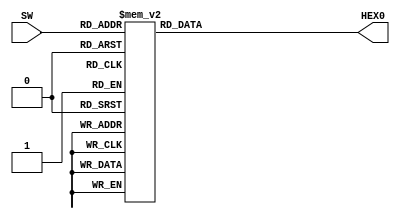
module TopModule(
//	///CLOCK/////
//	input              CLK1,
//	input              CLK2,
//	//// SEG7/////
//	output     [7:0]   HEX0,
//	output     [7:0]   HEX1,
//	output     [7:0]   HEX2,
//	output     [7:0]   HEX3,
//	output     [7:0]   HEX4,
//	output     [7:0]   HEX5,
//	//// PUSH BUTTON //////
//	input      [1:0]   BTN,
//	///// LED////////
//	output     [9:0]   LED,
//	/////// SW///////////
//	input      [9:0]   SW

	input [3:0] SW,
	output reg [6:0] HEX0
   
	);

always @* begin
	case (SW)
		4'h0: HEX0 = 7'b1000000;
		4'h1: HEX0 = 7'b1111001;
		4'h2: HEX0 = 7'b0100100;
		4'h3: HEX0 = 7'b0110000;
		4'h4: HEX0 = 7'b0011001;
		4'h5: HEX0 = 7'b0010010;
		4'h6: HEX0 = 7'b0000010;
		4'h7: HEX0 = 7'b1011000;
		4'h8: HEX0 = 7'b0000000;
		4'h9: HEX0 = 7'b0010000;
		4'ha: HEX0 = 7'b0001000;
		4'hb: HEX0 = 7'b0000011;
		4'hc: HEX0 = 7'b1000110;
		4'hd: HEX0 = 7'b0100001;
		4'he: HEX0 = 7'b0000110;
		4'hf: HEX0 = 7'b0001110;
		default: HEX0 = 7'b1111111;
	endcase
end


endmodule